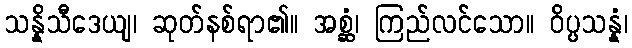
သန္နိသီဒေယျ၊ ဆုတ်နစ်ရာ၏။ အစ္ဆံ၊ ကြည်လင်သော။ ဝိပ္ပသန္နံ၊